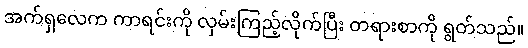
အက်ရှလေက ကာရင်းကို လှမ်းကြည့်လိုက်ပြီး တရားစာကို ရွတ်သည်။